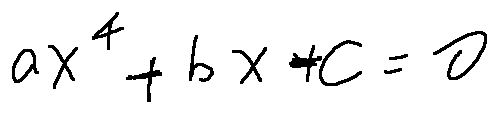
a x ^ { 4 } + b x + c = 0